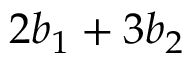
2 b _ { 1 } + 3 b _ { 2 }